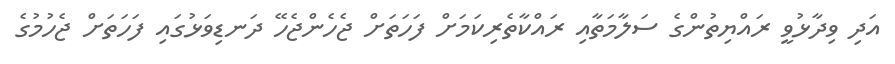
އަދި ވިދާޅުވީ ރައްޔިތުންގެ ސަލާމަތާއި ރައްކާތެރިކަމަށް ފަހަތަށް ޖެހެންޖެހޭ ދަނޑިވަޅުގައި ފަހަތަށް ޖެހުމުގެ